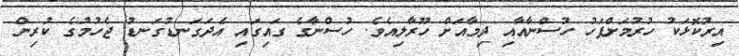
އިރުކޮޅަކު ހުރުމަށްފަހު ހުސްނާއާއި ދިމާއަށް ހޫރާލިއެވެ. ހުސްނާގެ ގައިގައި އެދަގަނޑުގަނޑު ޖެހުމުގެ ކުރިން